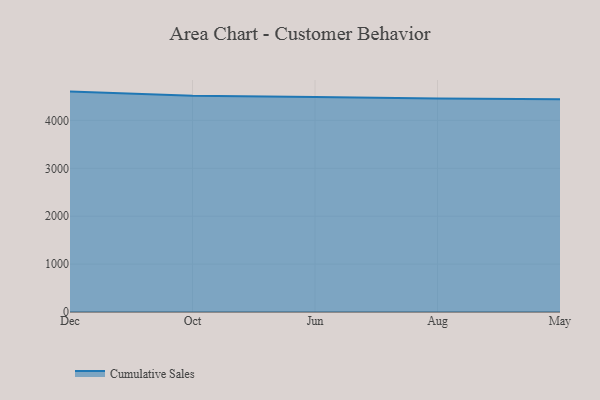
{"axis": {"x": "Month", "y": "Net Income (USD K)"}, "legend": ["Cumulative Sales"], "data": [{"x": "Dec", "y": 4601.1, "type": "Cumulative Sales"}, {"x": "Oct", "y": 4515.4, "type": "Cumulative Sales"}, {"x": "Jun", "y": 4489.1, "type": "Cumulative Sales"}, {"x": "Aug", "y": 4456.6, "type": "Cumulative Sales"}, {"x": "May", "y": 4440.5, "type": "Cumulative Sales"}]}